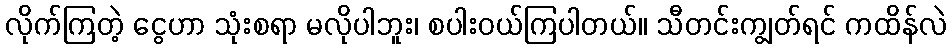
လိုက်ကြတဲ့ ငွေဟာ သုံးစရာ မလိုပါဘူး၊ စပါးဝယ်ကြပါတယ်။ သီတင်းကျွတ်ရင် ကထိန်လဲ